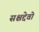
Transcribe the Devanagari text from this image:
सश्चद्देवो